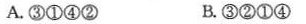
A.③①④② B.③②①④